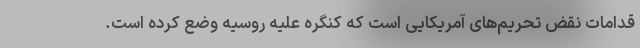
قدامات نقض تحریم‌های آمریکایی است که کنگره علیه روسیه وضع کرده است.